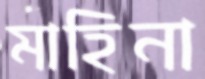
মাহিনা